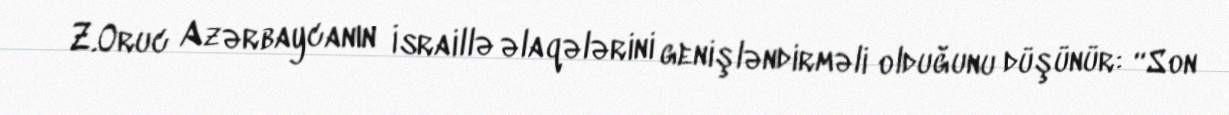
Z.Oruc Azərbaycanın İsraillə əlaqələrini genişləndirməli olduğunu düşünür: “Son